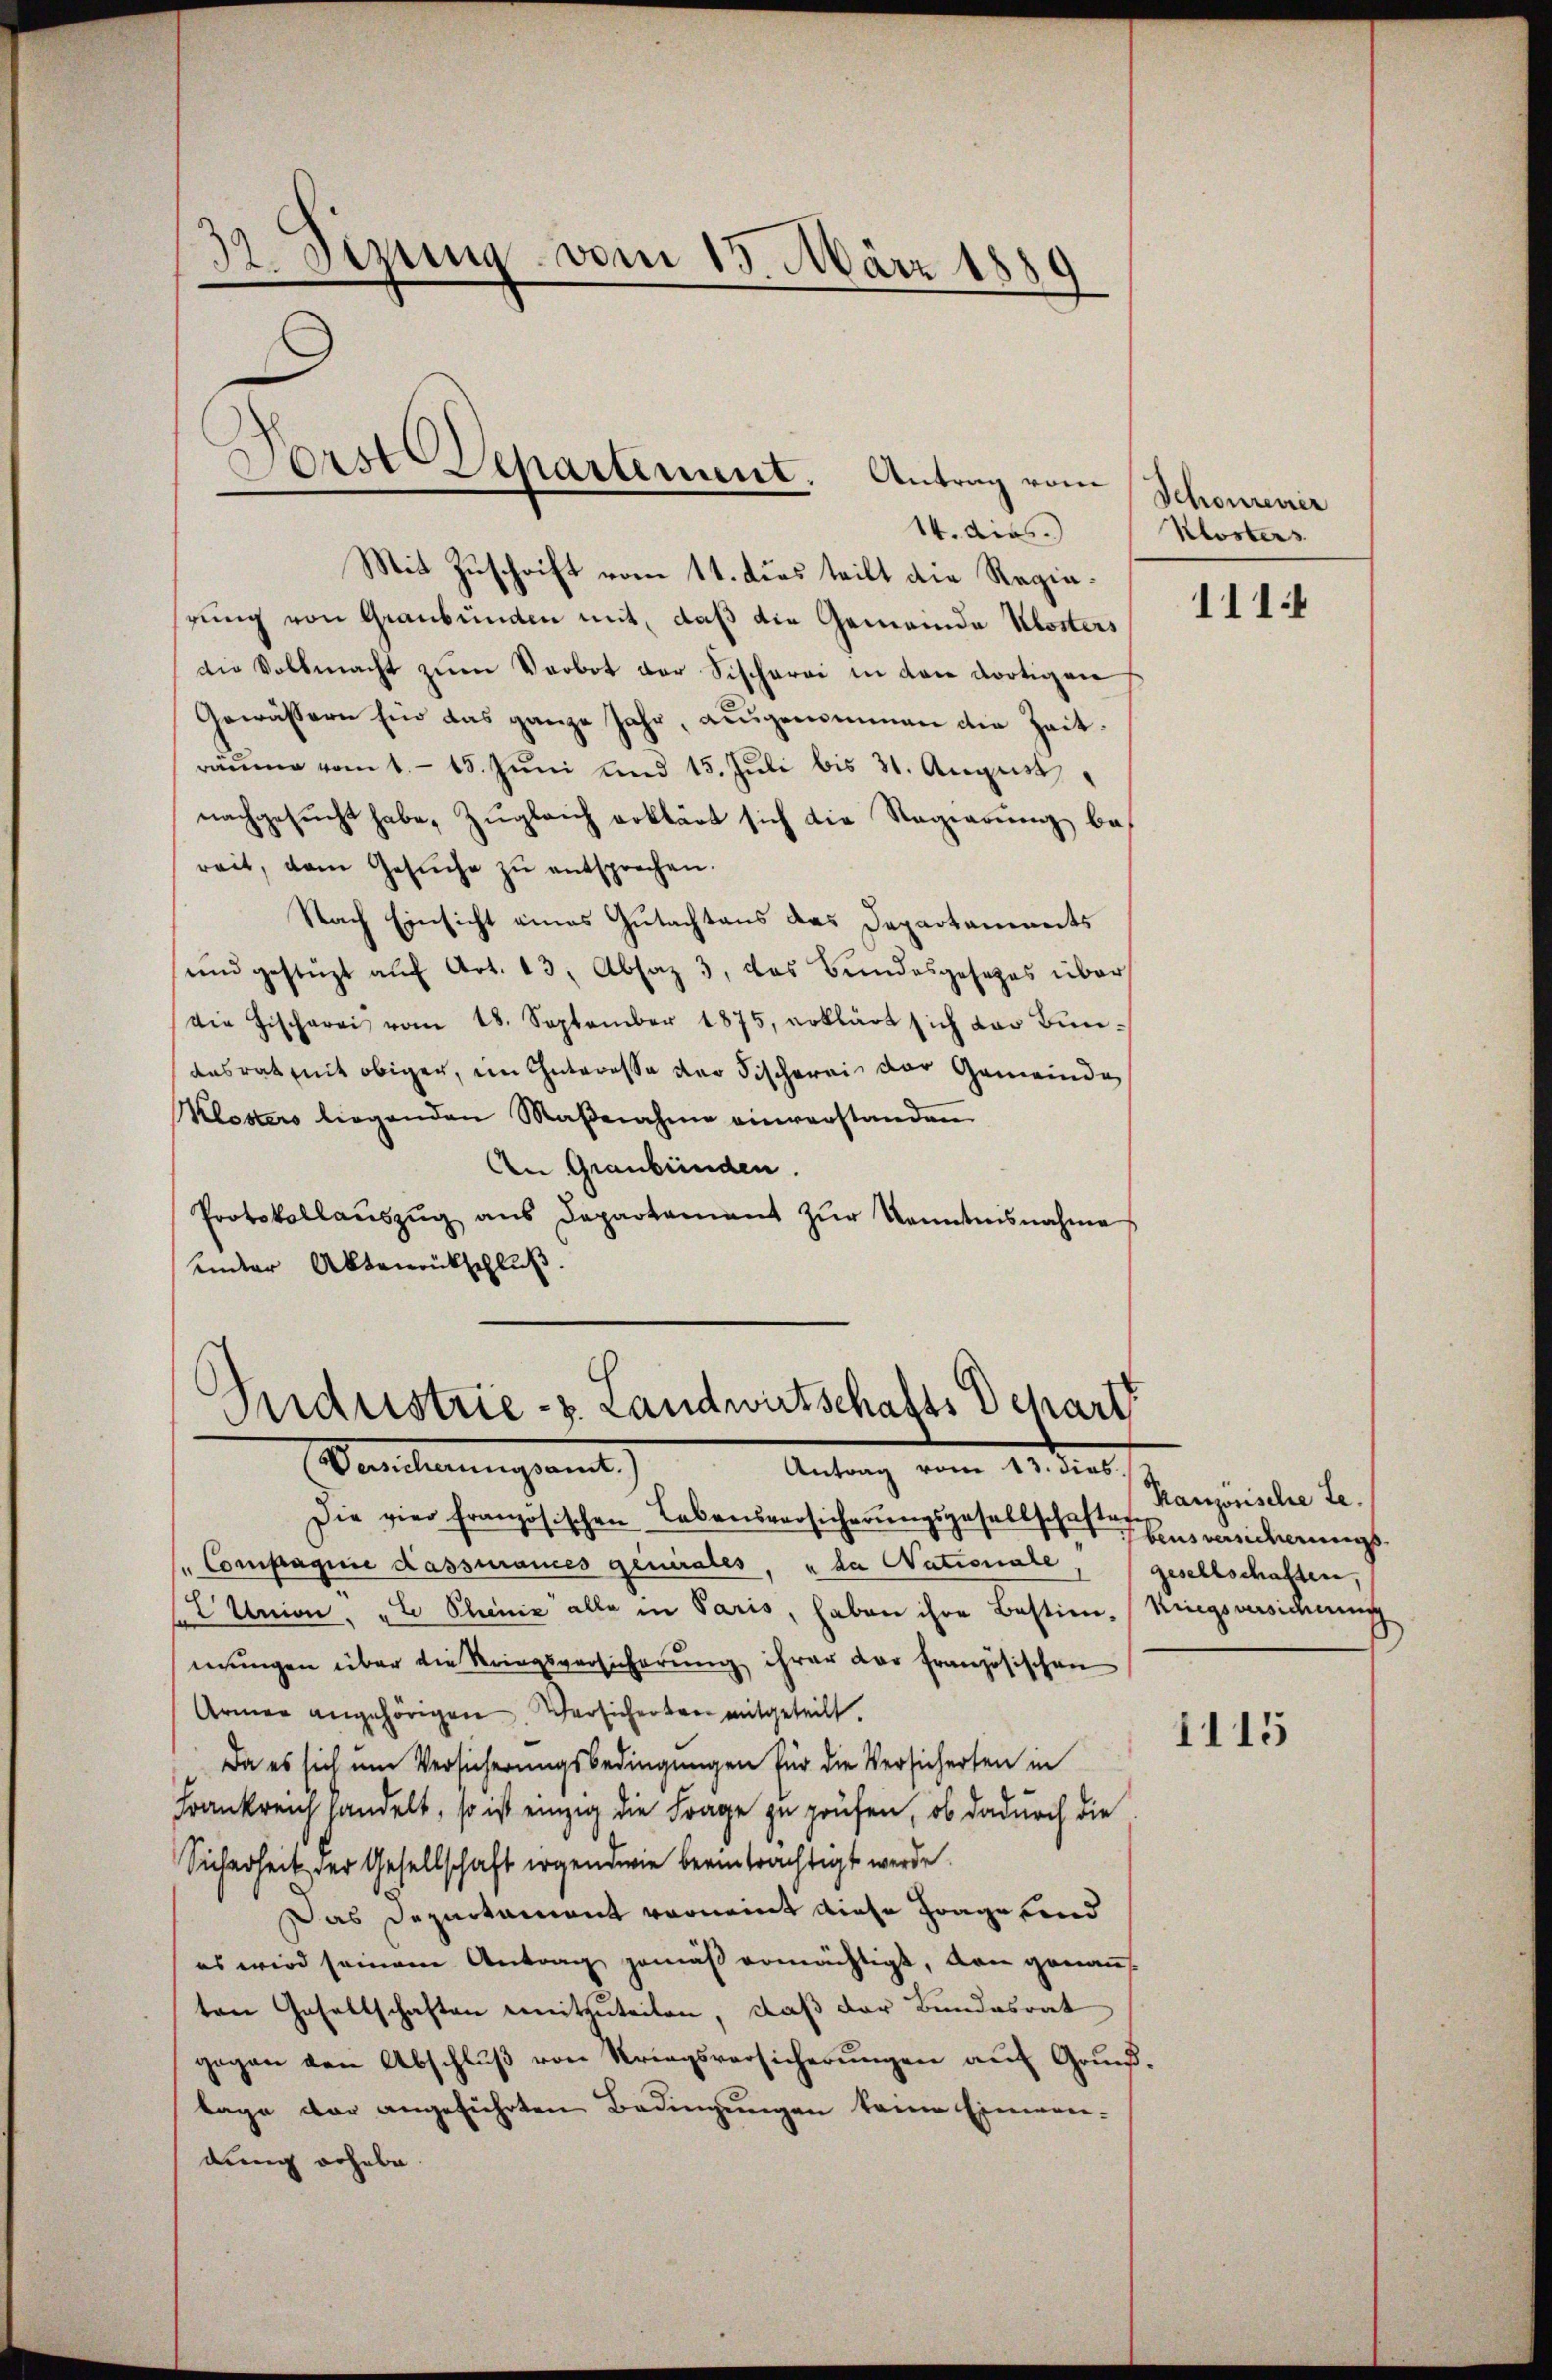
32 Sizung vom 13. März 1889

Forst Separtement. Antrag vom

14. ders.)
Mit Zuschrift vom 11. dies teilt die Regierung von Graubünden mit, daß die Gemeinde Klosters
die Vollmacht zum Verbot der Fischerei in den dortigen
Gewässern für das ganze Jahr, augenommen die Zeiträume vom 1. 15. Jŭni und 15. Jŭli bis 31. August
nachgesucht habe, zugleich erklärt sich die Regierung bereit, dem Gesŭche zŭ entsprechen.
Nach Einsicht eines Gutachtens das Departaments
ŭnd gestüzt aŭf Art. 13, Absaz 3, das Bundesgesetzes über
Die Fischerei vom 18. September 1875, erklärt sich der Bunausrat mit obiger, im Interesse der Fischerei der Gemeinde
Klosters liegenden Maβnahme einverstanden
An Graubünden.
Protokollaŭszŭg ans Departement zŭr Kenntnisnahme
unter Aktenrückschluß.

Sndustrie-z. Landwirtschafts Depart

Deichnungsamt
Antrag vom 22. dies
Die vier französischen Lebensversicherungsgesellschaften Einwiederungs¬
"Compagnie Kassurances geniales, u da Nationale, gesellschaften,
Union. „E Plinie alle in Paris, haben ihre Bestim-Ringsarsiderung
mungen über die Kriegsversicherung ihrer der Französischen
Armee angehörigen. Versicherten mitgeteilt.
Da es sich um Versicherungsbedingungen für die Versicherten in
Frankreich handelt, so ist einzig die Frage zu prüfen, ob dadurch die
Sicherheit der Gesellschaft irgendwie beeinträchtigt werde.
Das Departament vorneint diese Frage vend
es wird seinem Antrag gemäß ermächtigt, den genaus
ten Gesellschaften emitzuteilen, daß der Bundesrat
gegen den Abschlŭβ von Kriegsversicherŭngen aŭf Grŭnd.
lage der angeführten Bedingungen keine Einwen-
dung erhebe.

Schönreuer
Klosters

111

Kranzösische Le

1115